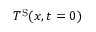
T ^ { \mathrm { S } } ( x , t = 0 )